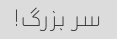
سر بزرگ!